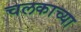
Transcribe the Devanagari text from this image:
चलकाच्या